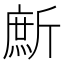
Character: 㫂